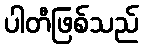
ပါတီဖြစ်သည်